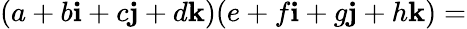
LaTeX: (a+b\mathbf{i}+c\mathbf{j}+d\mathbf{k})(e+f\mathbf{i}+g\mathbf{j}+h\mathbf{k})=